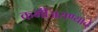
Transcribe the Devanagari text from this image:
कमीअसण्याचे